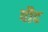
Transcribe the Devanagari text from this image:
पौद